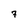
Character: 7